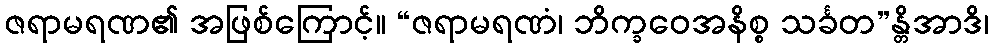
ဇရာမရဏ၏ အဖြစ်ကြောင့်။ “ဇရာမရဏံ၊ ဘိက္ခဝေအနိစ္စ သင်္ခတ”န္တိအာဒိ၊